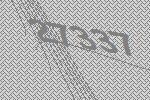
27337